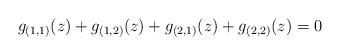
LaTeX: \begin{align*}g_{(1,1)}(z)+g_{(1,2)}(z)+g_{(2,1)}(z)+g_{(2,2)}(z)=0\end{align*}